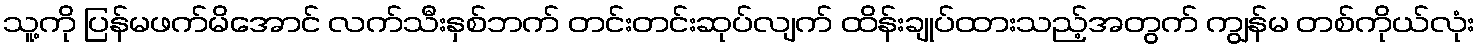
သူ့ကို ပြန်မဖက်မိအောင် လက်သီးနှစ်ဘက် တင်းတင်းဆုပ်လျက် ထိန်းချုပ်ထားသည့်အတွက် ကျွန်မ တစ်ကိုယ်လုံး